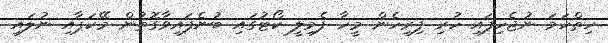
ހިތްހަމަ ނުޖެހިފައި ހުރި ފިރިހެން މީހާ ފެމިލީ ކޯޓުގައި ބުނެފައިވާގޮތުން މޭކަޕާއި ނުލައި